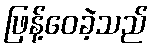
ဖြန့်ဝေခဲ့သည်